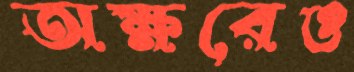
অক্ষরেও